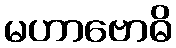
မဟာဗောဓိ